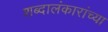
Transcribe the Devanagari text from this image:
शब्दालंकारांच्या